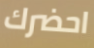
احضرك